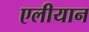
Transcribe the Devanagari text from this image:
एलीयान